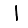
Digit: 1